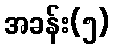
အခန်း(၅)